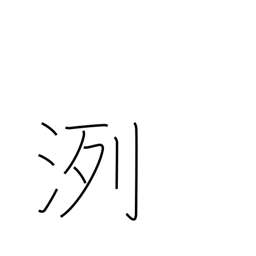
Meaning: pure